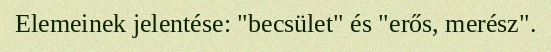
Elemeinek jelentése: "becsület" és "erős, merész".